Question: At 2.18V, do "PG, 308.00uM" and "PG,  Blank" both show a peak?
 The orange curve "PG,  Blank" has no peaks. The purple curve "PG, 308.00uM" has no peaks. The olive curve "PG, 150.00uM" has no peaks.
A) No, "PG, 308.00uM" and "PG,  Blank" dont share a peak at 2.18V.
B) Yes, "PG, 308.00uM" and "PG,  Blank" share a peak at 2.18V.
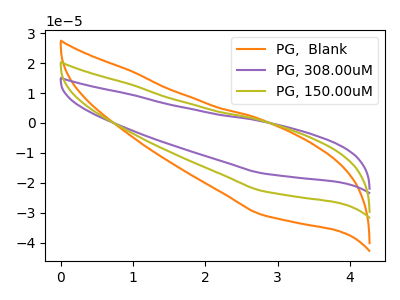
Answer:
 <answer>A) No, "PG, 308.00uM" and "PG,  Blank" dont share a peak at 2.18V.</answer>
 <eval>A</eval>